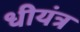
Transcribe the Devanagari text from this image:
धीयंत्र